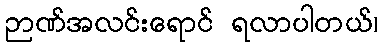
ဉာဏ်အလင်းရောင် ရလာပါတယ်၊